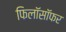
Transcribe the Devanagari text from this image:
फिलॉसॉफर